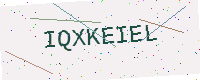
Text: IQXKEIEL